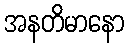
အနတိမာနော